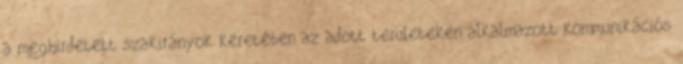
a meghirdetett szakirányok keretében az adott területeken alkalmazott kommunikációs